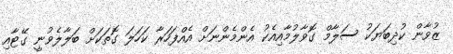
ޒުވާން ކުދިބަޔަކު ސަލާމް ގޮވާލުމާއިއެކު އެންމެންނަށް އެއްފަހަރާ ކަހަލަ ގޮތަކަށް ބަލާލެވުނީ ގޭޓާއި